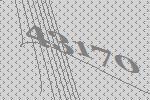
43170